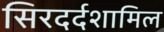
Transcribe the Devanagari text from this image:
सिरदर्दशामिल